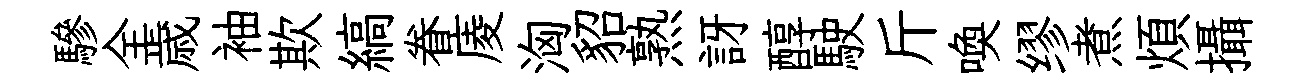
驂全歳袖欺縞眷庱洶貂熟訝醇駛斤喚缪煮煩攝